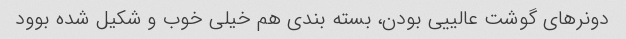
دونر‌های گوشت عالییی بودن، بسته بندی هم خیلی خوب و شکیل شده بوود